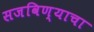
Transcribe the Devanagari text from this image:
सजविण्याचा